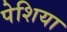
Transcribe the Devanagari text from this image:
पेशिया